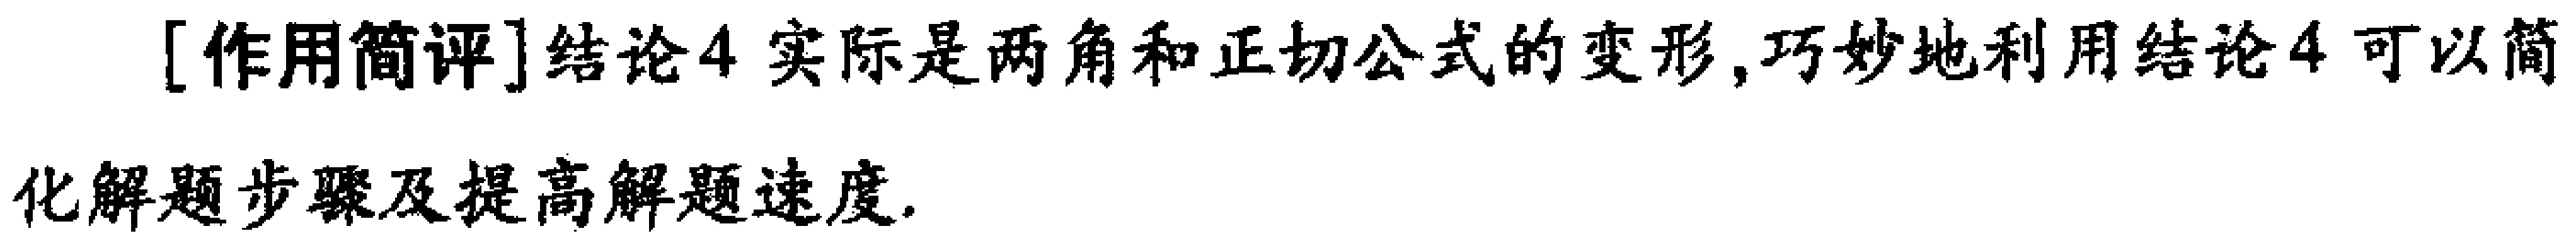
[作用简评]结论4 实际是两角和正切公式的变形,巧妙地利用结论4 可以简化解题步骤及提高解题速度.